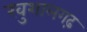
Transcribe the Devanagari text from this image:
खुशालगढ़